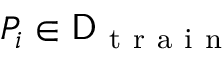
P _ { i } \in \mathsf { D } _ { \mathrm { ~ t ~ r ~ a ~ i ~ n ~ } }